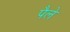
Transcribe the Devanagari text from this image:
पैले